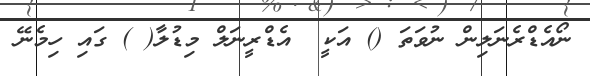
ނޯއެޑްރެނަލިން ނުވަތަ () އަކީ  އެޑްރީނަލް މިޑުލާ( ) ގައި ހިމެނޭ